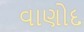
વાણોદ